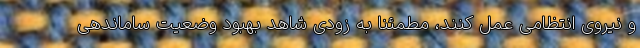
و نیروی انتظامی عمل کنند، مطمئنا به زودی شاهد بهبود وضعیت ساماندهی